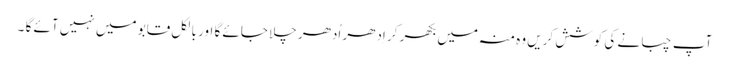
آپ چبانے کی کوشش کریں وہ منہ میں بکھر کر اِدھر اُدھر چلا جائے گا اور بالکل قابو میں نہیں آئے گا ۔